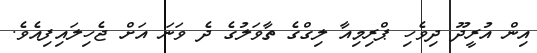
އިން އުރީދޫ ދިވެހި ޕްރިމިއާ ލިގްގެ ތާވަލުގެ ދެ ވަނަ އަށް ޖެހިލައިފިއެވެ.